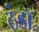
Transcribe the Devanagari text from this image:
ठंडॉ॰